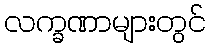
လက္ခဏာများတွင်